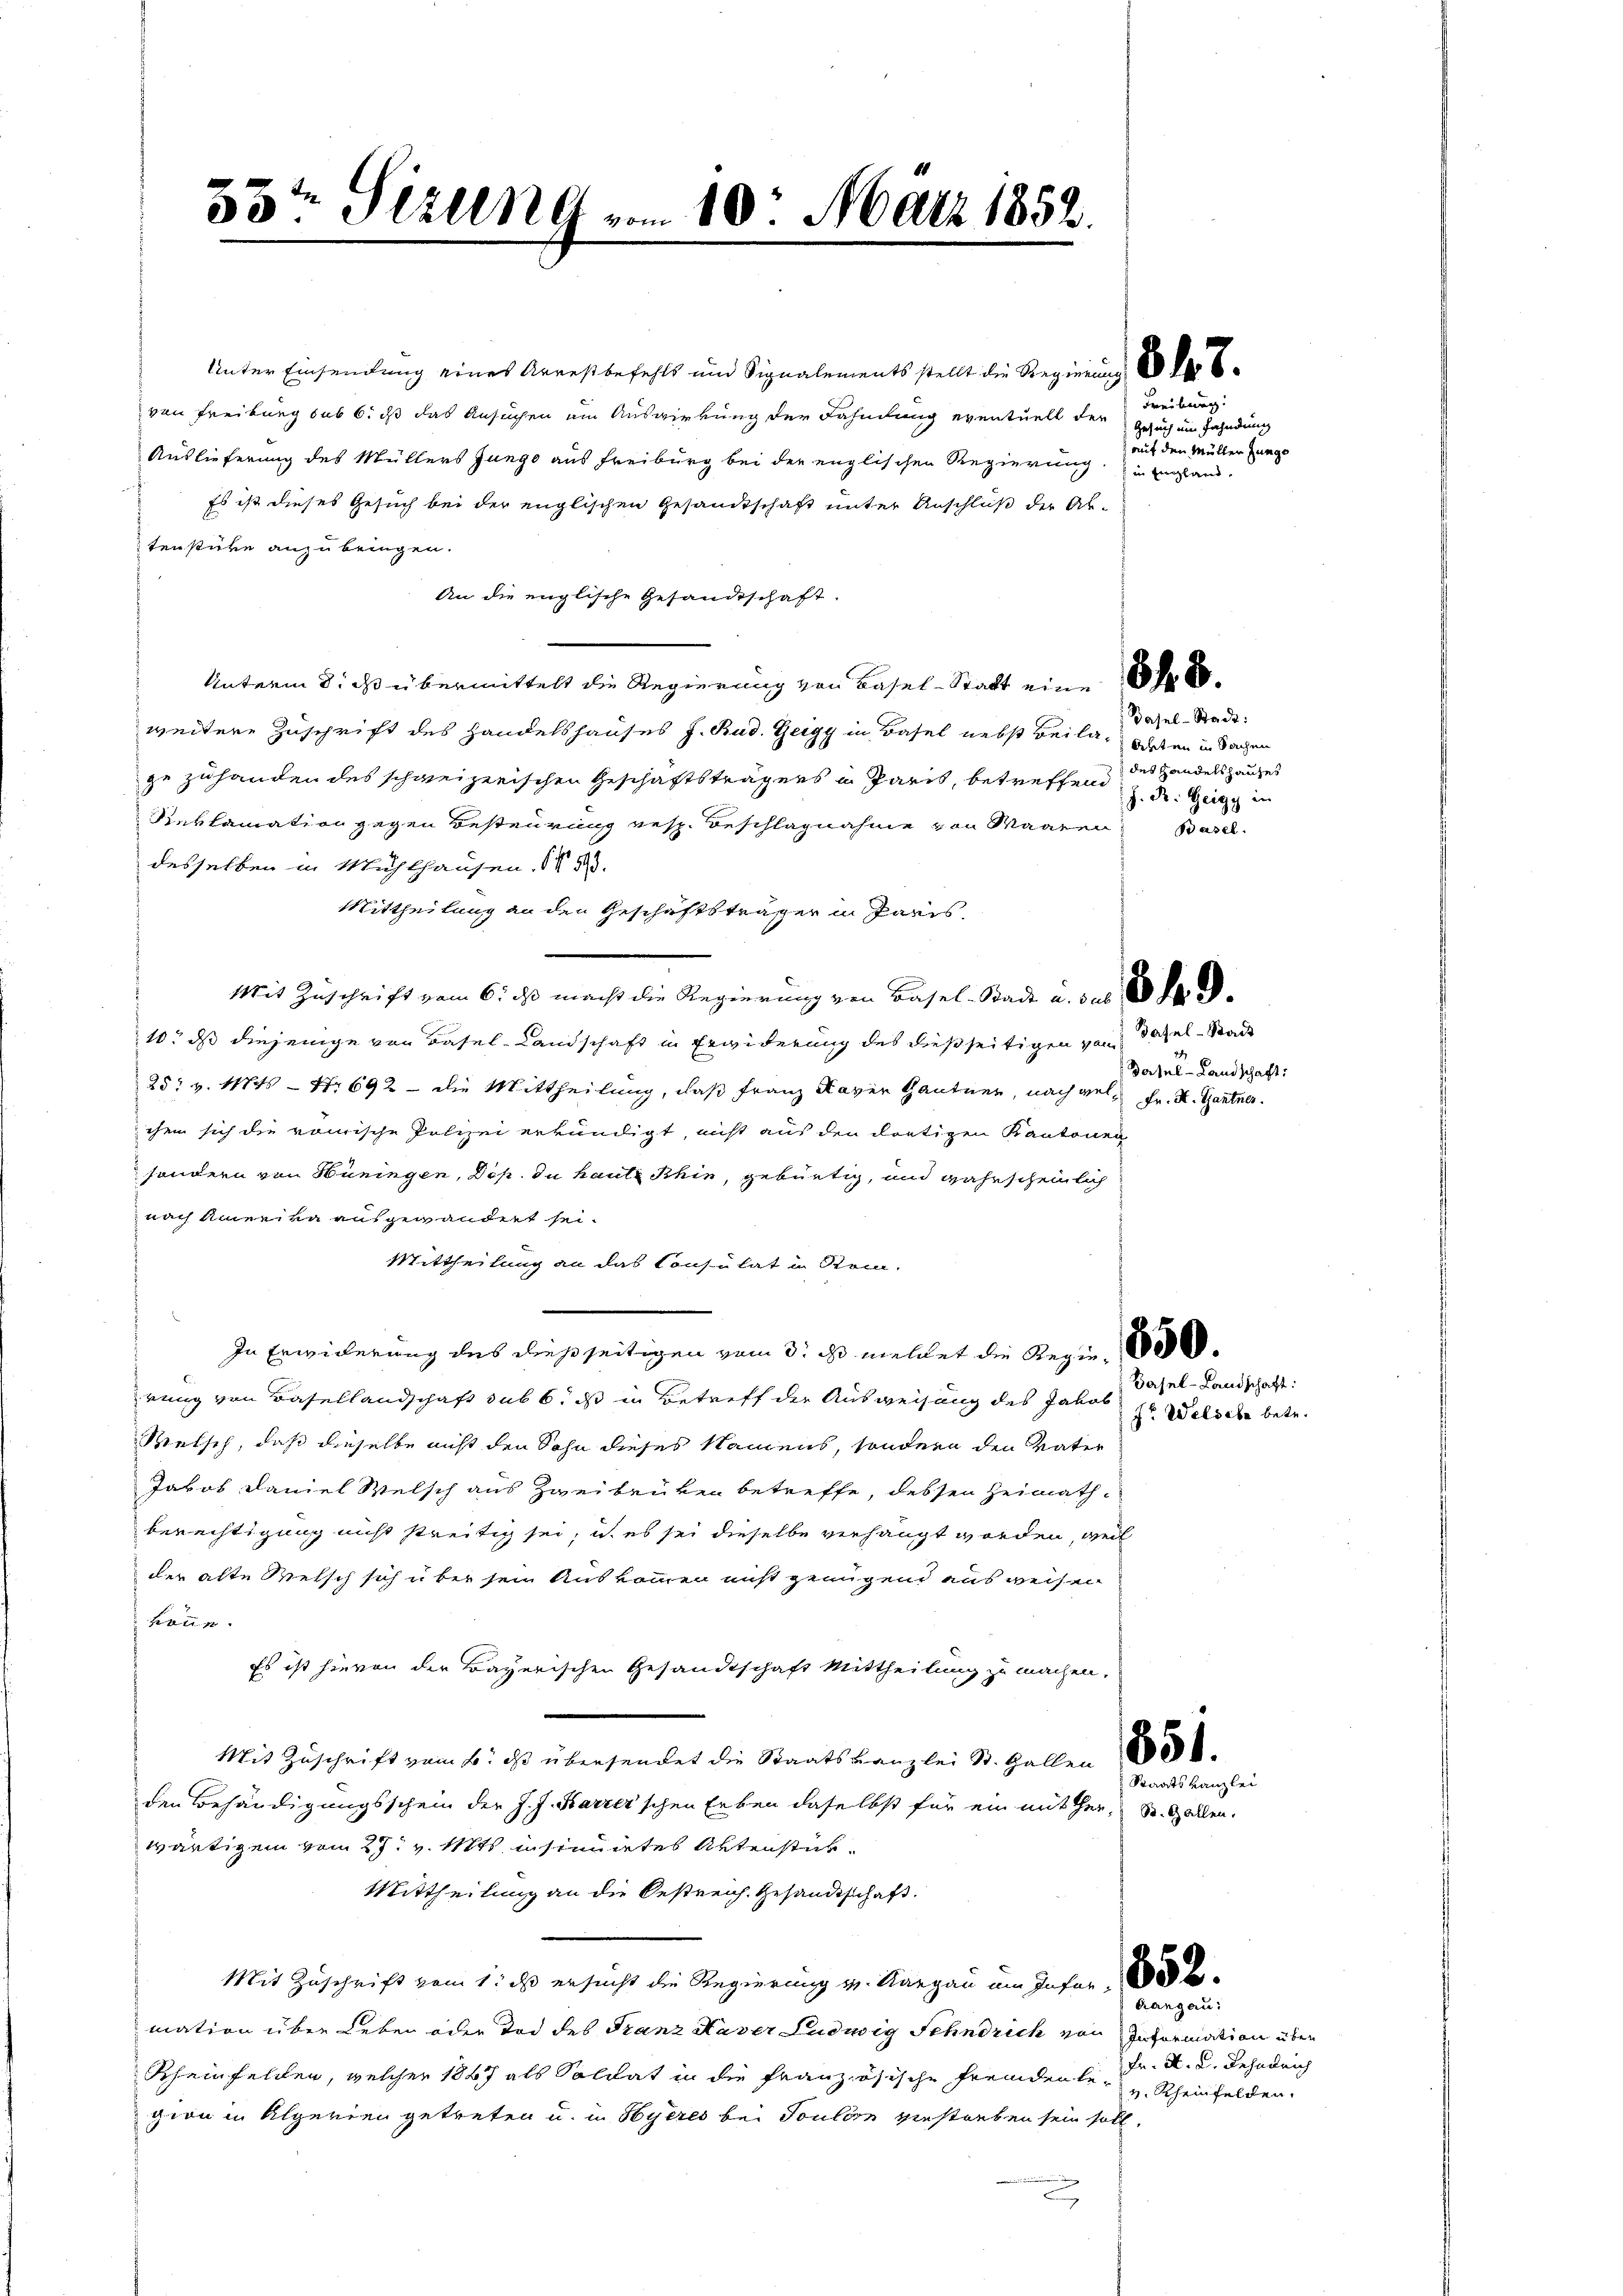
.
33ten Sitzung vom 10. März 1852.

Unter Einsendung eines Arrestbefehls und Signalements stellt die Regierung 6 der E
von Freiburg sub 6. dß das Ansuchen am Auswirkung der Fahndung eventuell der
Auslieferung des Müllers Jungo aus Freiburg bei der englischen Regierung.
Es ist dieses Gesuch bei der englischen Gesandtschaft unter Anschluß der Ab-
tenstücke anzubringen.
An die englische Gesandtschaft.
 Unterm 8. ds übermittelt die Regierung von Basel-Statt eine No 20.
weitere Zuschrift des Handelshauses J. Bud. Zeigy in Basel nebst Beila, odessen in Sachen
ge zuhanden des schweizerischen Geschäftsträgers u Paris, betreffend des Handelshauses
Sieklamation gegen Besteurung resp. Beschlagnahme von Waaren Basel
desselben in Mühlhausen, § 18.
Mittheilung an den Geschäftsträger in Paris,
Mit Zuschrift vom 6. ds macht die Regierung von Basel-Stadt u. das 16 de
10. ds diejenige von Basel-Landschaft in Erwiderung des dießseitigen vom
25. v. 1845 — Nr 692 - die Mittheilung, daß Franz Kaver Gantner, nach vielchen sich die römische Polizei erkundigt, nicht aus den dortigen Kantonen
sondern von Hüningen, Dop. du hantz Rhin, gebürtig, und wahrscheinlich
nach Amerika ausgewandert sei.
Mittheilung an das Consulat in Rein
In Erwiderung des dießseitigen vom 3. ist meldet die Regie 100.
rung von Basellandschaft sub 6. ds in Betreff der Ausweisung des Jakob
Retsch, daß dieselbe nicht den Sohn dieses Namens, sondern den Vater
Jakob Faniel Welsch aus Zweibrüken betreffe, dessen Heimath-
berechtigung nicht streitig sei, u. es sei dieselbe verhängt worden, weil
der alte Metsch sich über sein Auskommen nicht genügend ausweisen
könne.
Es ist hievon der Bayerischen Gesandtschaft Mittheilung zu machen.
Mit Zuschrift vom 6. ds übersendet die Staatskanzlei St. Gallen 88800.
den Behändigungsschein der J. J. Harzer'schen Erben daselbst für ein mitter, St. Gallen.
wärtigem vom 27. v. Mts. instimmtes Aktenstük¬
Mittheilung an die Oestreich. Gesandtschaft.
Mit Zuschrift vom 1. ds ersucht die Regierung v. Aargau am Infer 1888
mation über Leben oder Tod des Franz Xaver Ludwig Schndrich von Information über
Scheinfelden, welcher 1867 als Soldat in die französische Freudente, u. Rheinfelden.
gion in Algerien getreten u. in Hyeres bei Toulon verstorben sein soll,

Freiburg.
Gesuch ein Fahndung
auf den Müllen Junge
 in England.

Basel-Stadt:
J. F. Heizy in

Basel-Stadt
Basel-Landschaft:
Fr. K. Gantner.

Basel-Landschaft:
7t Welsche betr.

Staatskanzlei

trangau:
Fr. M. D. Rehndrich